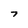
Character: 7